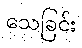
သေခြင်း